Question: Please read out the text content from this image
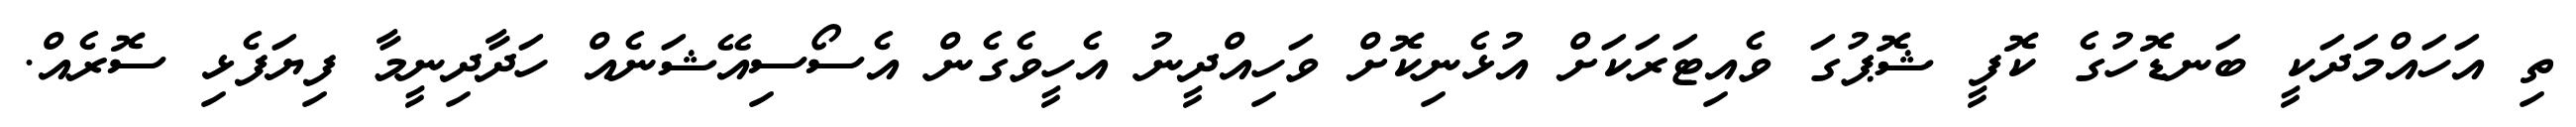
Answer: ތި އަހައްމަދަކީ ބަނޑޮހުގެ ކޮފީ ޝޮޕުގަ ވެއިޓަރަކަށް އުޅެނިކޮށް ވަހިއްދީނު އެހީވެގެން އެސޯސިއޭޝަނެއް ހަދާދިނީމާ ފިޔަފެޅި ސޮރެއް.